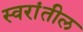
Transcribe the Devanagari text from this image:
स्वरांतील